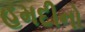
હમદીનો